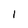
Character: 1